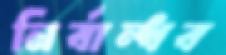
নির্বান্ধব